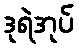
ဒုရဲအုပ်